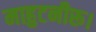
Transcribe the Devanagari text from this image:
माहुटनीरू।